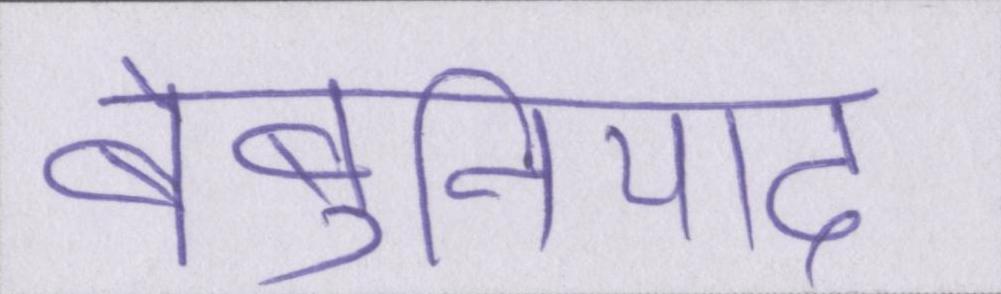
बेबुनियाद